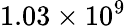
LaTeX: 1.03\times 10^{9}